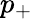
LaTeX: p_{+}